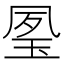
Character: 𤥔